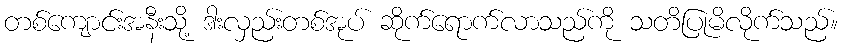
တစ်ကျောင်းအနီးသို့ ဒားလှည်းတစ်အုပ် ဆိုက်ရောက်လာသည်ကို သတိပြုမိလိုက်သည်။